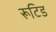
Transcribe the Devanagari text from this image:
रूटिड